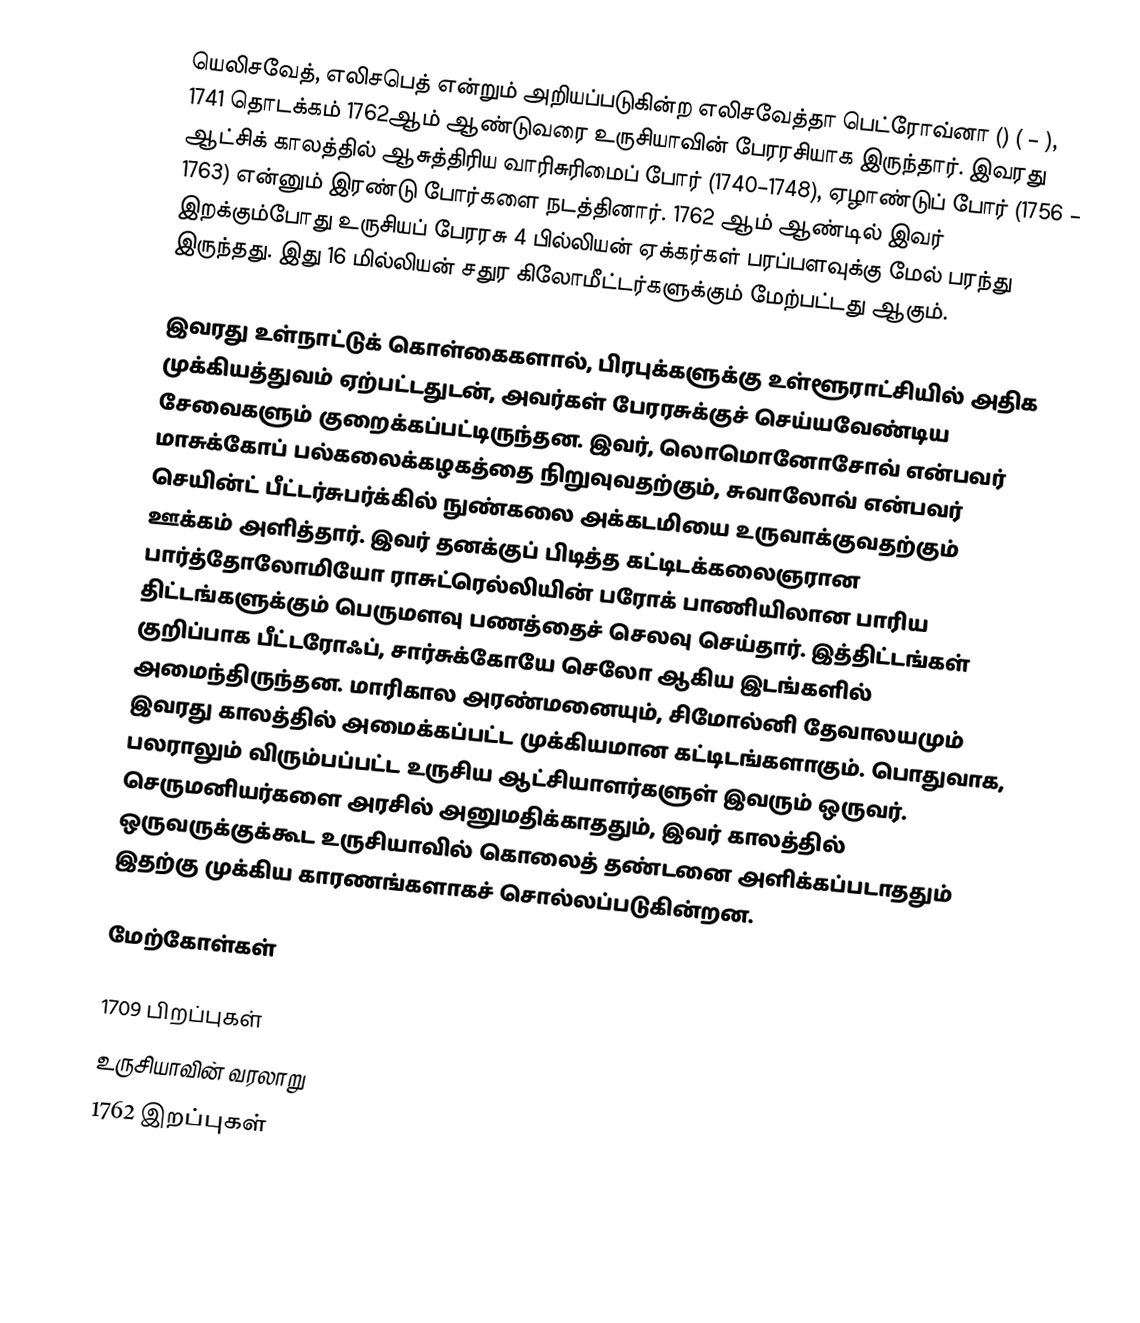
யெலிசவேத், எலிசபெத் என்றும் அறியப்படுகின்ற எலிசவேத்தா பெட்ரோவ்னா () ( – ), 1741 தொடக்கம் 1762ஆம் ஆண்டுவரை உருசியாவின் பேரரசியாக இருந்தார். இவரது ஆட்சிக் காலத்தில் ஆசுத்திரிய வாரிசுரிமைப் போர் (1740–1748), ஏழாண்டுப் போர் (1756 – 1763) என்னும் இரண்டு போர்களை நடத்தினார். 1762 ஆம் ஆண்டில் இவர் இறக்கும்போது உருசியப் பேரரசு 4 பில்லியன் ஏக்கர்கள் பரப்பளவுக்கு மேல் பரந்து இருந்தது. இது 16 மில்லியன் சதுர கிலோமீட்டர்களுக்கும் மேற்பட்டது ஆகும்.

இவரது உள்நாட்டுக் கொள்கைகளால், பிரபுக்களுக்கு உள்ளூராட்சியில் அதிக முக்கியத்துவம் ஏற்பட்டதுடன், அவர்கள் பேரரசுக்குச் செய்யவேண்டிய சேவைகளும் குறைக்கப்பட்டிருந்தன. இவர், லொமொனோசோவ் என்பவர் மாசுக்கோப் பல்கலைக்கழகத்தை நிறுவுவதற்கும், சுவாலோவ் என்பவர் செயின்ட் பீட்டர்சுபர்க்கில் நுண்கலை அக்கடமியை உருவாக்குவதற்கும் ஊக்கம் அளித்தார். இவர் தனக்குப் பிடித்த கட்டிடக்கலைஞரான பார்த்தோலோமியோ ராசுட்ரெல்லியின் பரோக் பாணியிலான பாரிய திட்டங்களுக்கும் பெருமளவு பணத்தைச் செலவு செய்தார். இத்திட்டங்கள் குறிப்பாக பீட்டரோஃப், சார்சுக்கோயே செலோ ஆகிய இடங்களில் அமைந்திருந்தன. மாரிகால அரண்மனையும், சிமோல்னி தேவாலயமும் இவரது காலத்தில் அமைக்கப்பட்ட முக்கியமான கட்டிடங்களாகும். பொதுவாக, பலராலும் விரும்பப்பட்ட உருசிய ஆட்சியாளர்களுள் இவரும் ஒருவர். செருமனியர்களை அரசில் அனுமதிக்காததும், இவர் காலத்தில் ஒருவருக்குக்கூட உருசியாவில் கொலைத் தண்டனை அளிக்கப்படாததும் இதற்கு முக்கிய காரணங்களாகச் சொல்லப்படுகின்றன.

மேற்கோள்கள்

1709 பிறப்புகள்
உருசியாவின் வரலாறு
1762 இறப்புகள்